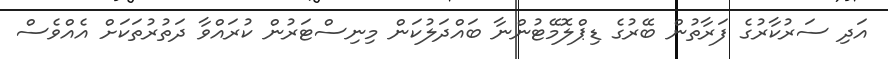
އަދި ސަރުކާރުގެ ފަރާތުން ބޭރުގެ ޑިޕްލޮމޭޓުންނާ ބައްދަލުކަން މިނިސްޓަރުން ކުރައްވާ ދަތުރުތަކަށް އެއްވެސް